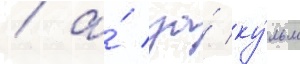
/ а́ за́ ку́льм